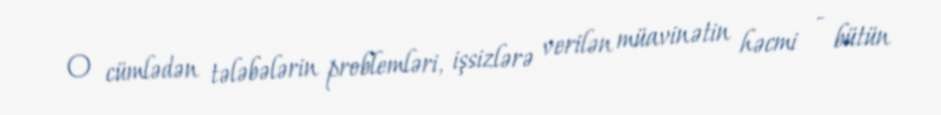
O cümlədən tələbələrin problemləri, işsizlərə verilən müavinətin həcmi - bütün